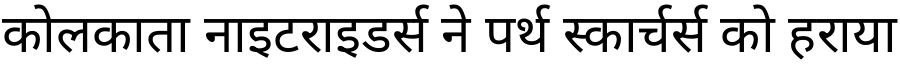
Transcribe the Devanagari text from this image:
कोलकाता नाइटराइडर्स ने पर्थ स्कार्चर्स को हराया